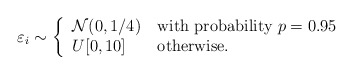
\begin{align*}\varepsilon_i \sim \left\{\begin{tabular}{ll}$\mathcal{N}(0,1/4)$ & with probability $p=0.95$ \\$U[0, 10]$ & otherwise.\end{tabular}\right.\end{align*}